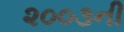
૨૦૦૩ની